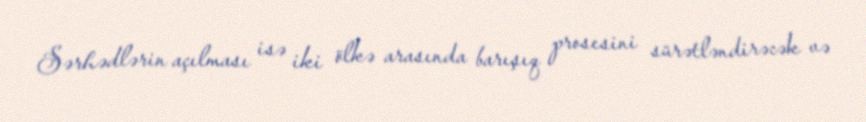
Sərhədlərin açılması isə iki ölkə arasında barışıq prosesini sürətləndirəcək və